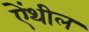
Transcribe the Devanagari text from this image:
ऐंथील